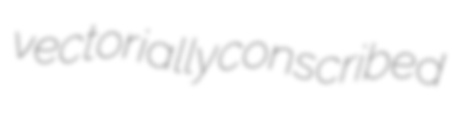
vectorially conscribed